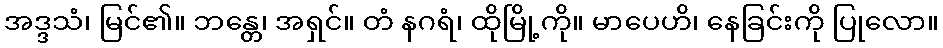
အဒ္ဒသံ၊ မြင်၏။ ဘန္တေ၊ အရှင်။ တံ နဂရံ၊ ထိုမြို့ကို။ မာပေဟိ၊ နေခြင်းကို ပြုလော။